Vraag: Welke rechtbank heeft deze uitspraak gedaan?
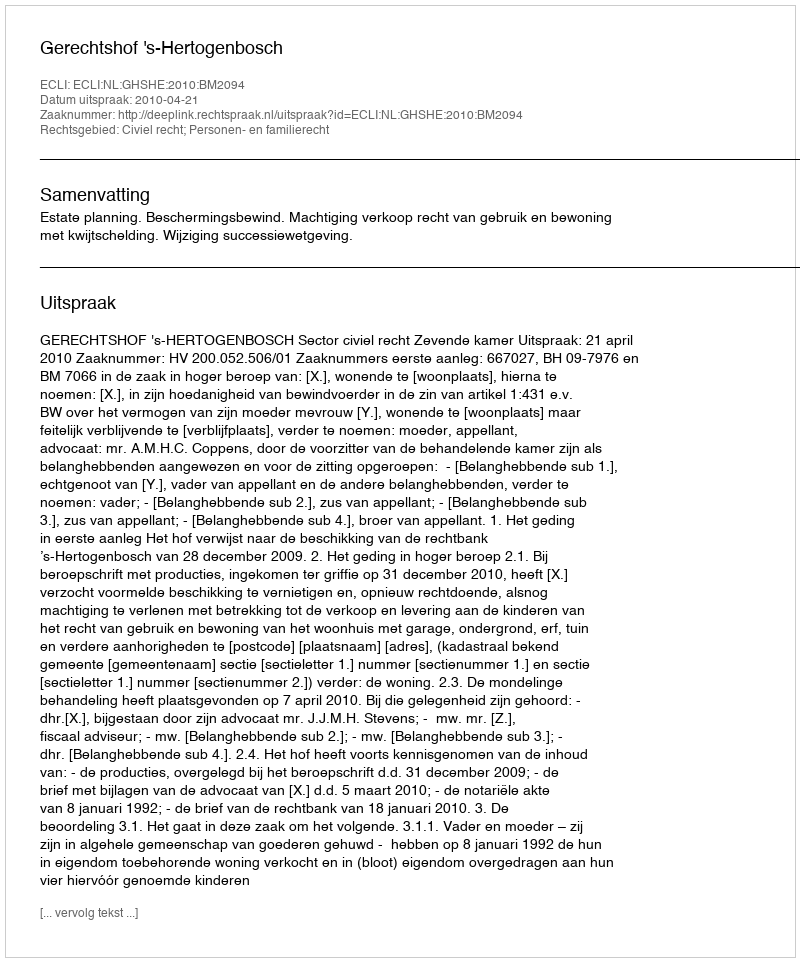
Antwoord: Gerechtshof 's-Hertogenbosch